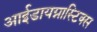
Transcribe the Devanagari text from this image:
आईडायग्नास्टिक्स